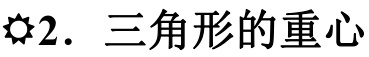
$\bigodot$2. 三角形的重心